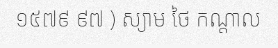
១៥៧៩ ៩៧ ) ស្យាម ថៃ កណ្តាល